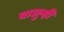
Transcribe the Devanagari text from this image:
बाजुन्ही